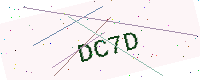
Text: DC7D